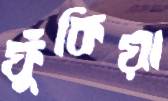
ফুঁকিয়া